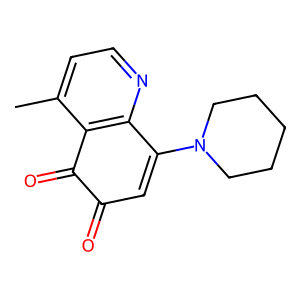
SMILES: Cc1ccnc2c1C(=O)C(=O)C=C2N1CCCCC1
Inhibits HIV replication: No